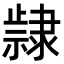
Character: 𮥵